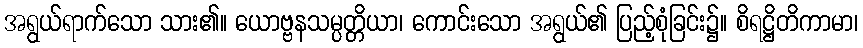
အရွယ်ရာက်သော သား၏။ ယောဗ္ဗနသမ္ပတ္တိယာ၊ ကောင်းသော အရွယ်၏ ပြည့်စုံခြင်း၌။ စိရဋ္ဌိတိကာမာ၊